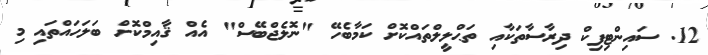
12. ސައިންޓިފިކް ދިރާސާތަކާއި ތަޙްލީލްތައްކޮށް ކަމާބެހޭ "ނޮލެޖްބޭސް" އެއް ޤާއިމްކޮށް ބަލަހައްތައި މި